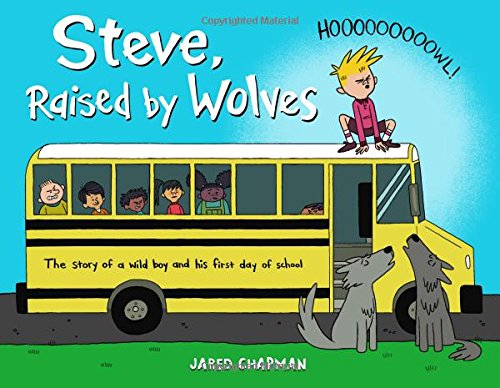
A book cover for Steve, Raised by Wolves; Jared Chapman; Children's Books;